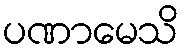
ပဏာမေသိ